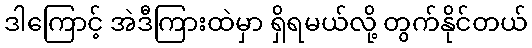
ဒါကြောင့် အဲဒီကြားထဲမှာ ရှိရမယ်လို့ တွက်နိုင်တယ်